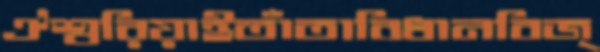
ঐশ্বরিয়াইতাঁতাবিধানবিজ্